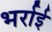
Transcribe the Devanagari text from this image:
भर्राई